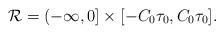
LaTeX: \begin{align*}\mathcal{R}=(-\infty,0]\times\lbrack-C_{0}\tau_{0},C_{0}\tau_{0}].\end{align*}